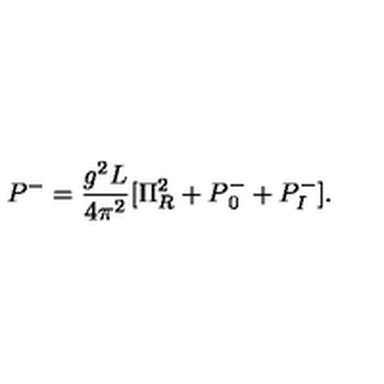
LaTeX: P ^ { - } = { \frac { g ^ { 2 } L } { 4 \pi ^ { 2 } } } [ \Pi _ { R } ^ { 2 } + P { _ 0 ^ { - } } + P _ { I } ^ { - } ] .